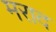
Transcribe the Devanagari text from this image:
मराद